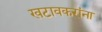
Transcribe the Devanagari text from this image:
खटावकरांना